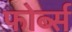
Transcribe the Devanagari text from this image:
फोर्ब्‍स